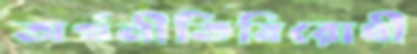
অর্থনীতিবিরোধী